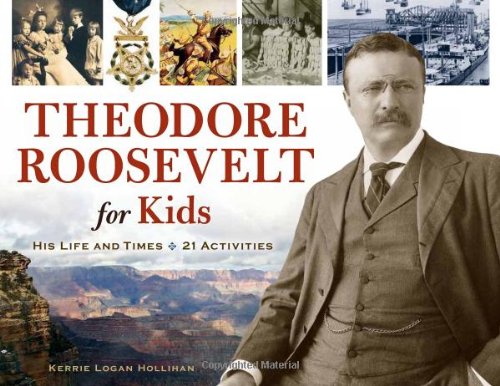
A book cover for Theodore Roosevelt for Kids: His Life and Times, 21 Activities (For Kids series); Kerrie Logan Hollihan; Children's Books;